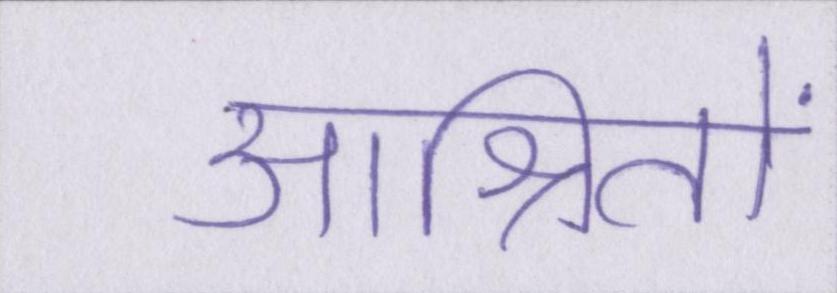
आश्रितों